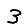
Digit: 3